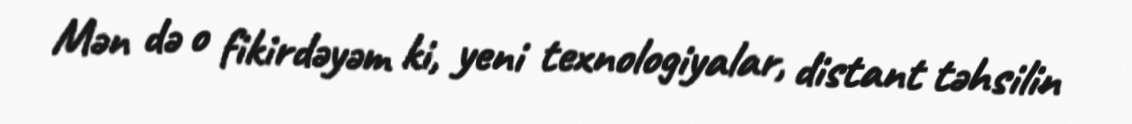
Mən də o fikirdəyəm ki, yeni texnologiyalar, distant təhsilin